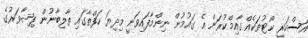
އަސްކަރީ ކޯޓުތަކެއް ގާއިމްކުރަން އެ ގައުމުން ނިންމާފައިވަނީ މިދިޔަ ހަފްތާގައި ތާލިބާނުން ޕިޝާވަރުގެ